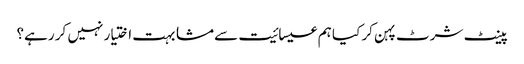
پینٹ شرٹ پہن کر کیا ہم عیسائیت سے مشابہت اختیار نہیں کر رہے؟